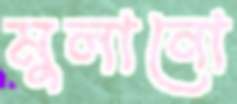
মুলানো